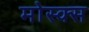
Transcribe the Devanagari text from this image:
मोस्क्स